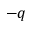
- q